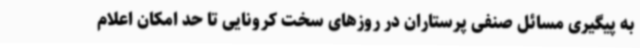
به پیگیری مسائل صنفی پرستاران در روزهای سخت کرونایی تا حد امکان اعلام